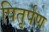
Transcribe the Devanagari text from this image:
पितृर्पण